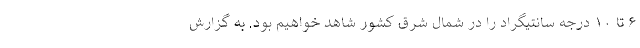
۶ تا ۱۰ درجه سانتیگراد را در شمال شرق کشور شاهد خواهیم بود. به گزارش